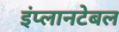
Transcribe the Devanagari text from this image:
इंप्लानटेबल